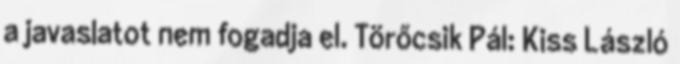
a javaslatot nem fogadja el. Törőcsik Pál: Kiss László